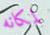
لمكانه